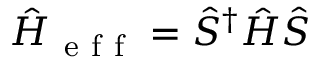
\hat { H } _ { \mathrm { ~ e ~ f ~ f ~ } } = \hat { S } ^ { \dagger } \hat { H } \hat { S }